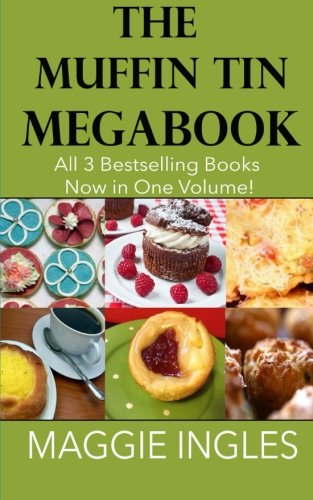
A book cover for Muffin Tin Megabook; Maggie Ingles; Cookbooks, Food & Wine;